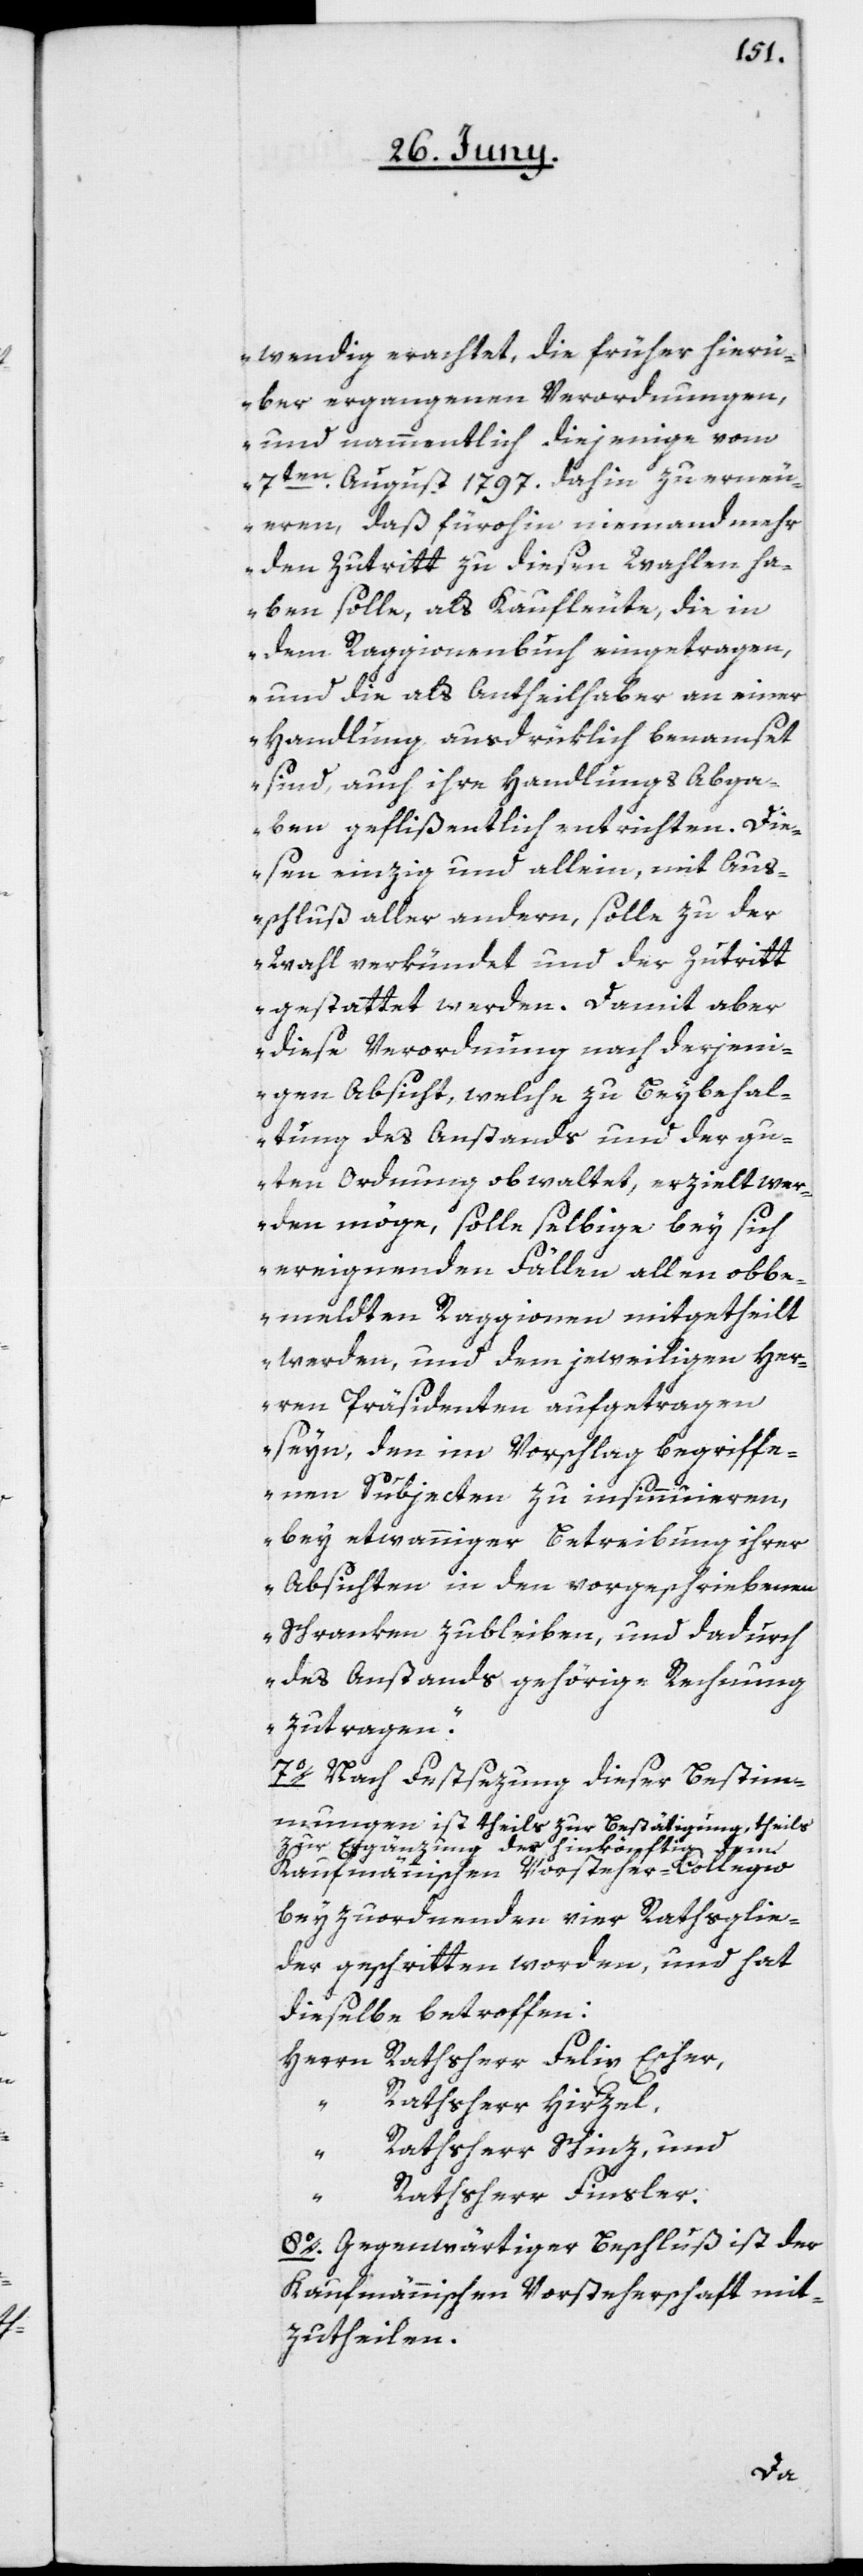
wendig erachtet, die früher hierü¬
ber ergangenen Verordnungen,
und nammentlich diejenige vom
7ten August 1797. dahin zu erneu¬
eren, daß fürohin niemand mehr
den Zutritt zu diesen Wahlen ha¬
ben solle, als Kaufleute, die in
dem Raggionenbuch eingetragen,
und die als Antheilhaber an einer
Handlung ausdrüklich benamset
sind, auch ihre Handlungs Abga¬
ben geflißentlich entrichten. Die¬
sen einzig und allein, mit Aus¬
schluß aller andern, solle zu der
Wahl verkündet und der Zutritt
gestattet werden. Damit aber
diese Verordnung nach derjen¬
igen Absicht, welche zu Beybehal¬
tung des Anstands und der gu¬
ten Ordnung obwaltet, erzielt wer¬
den möge, solle selbige bey sich
ereignenden Fällen allen obbe¬
meldten Raggionen mitgetheilt
werden, und dem jeweiligen Her¬
ren Präsidenten aufgetragen
seyn, den im Vorschlag begriffe¬
nen Subjecten zu insinuieren,
bey etwanniger Betreibung ihrer
Absichten in den vorgeschriebenen
Schranken zu bleiben, und dadurch
des Anstands gehörige Rechnung
zutragen.“
7o. Nach Festsezung dieser Bestim¬
mungen ist theils zur Bestätigung, theils
zur Ergänzung der hinkönftig dem
kaufmännischen Vorsteher-Collegio
beyzuordnenden vier Rathsglie¬
der geschritten worden, und hat
dieselbe betroffen:
Rathsherr Hirzel,
“
Rathsherr Schinz, und
Rathsherr Finsler.
8o. Gegenwärtiger Beschluß ist der
Kaufmännischen Vorsteherschaft mit¬
zutheilen.